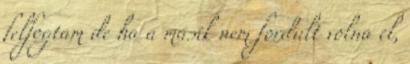
felfogtam de ha a másik nem fordult volna el,